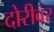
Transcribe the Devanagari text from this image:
दोरीवर